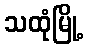
သထုံမြို့